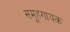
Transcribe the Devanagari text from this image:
समूहगायक